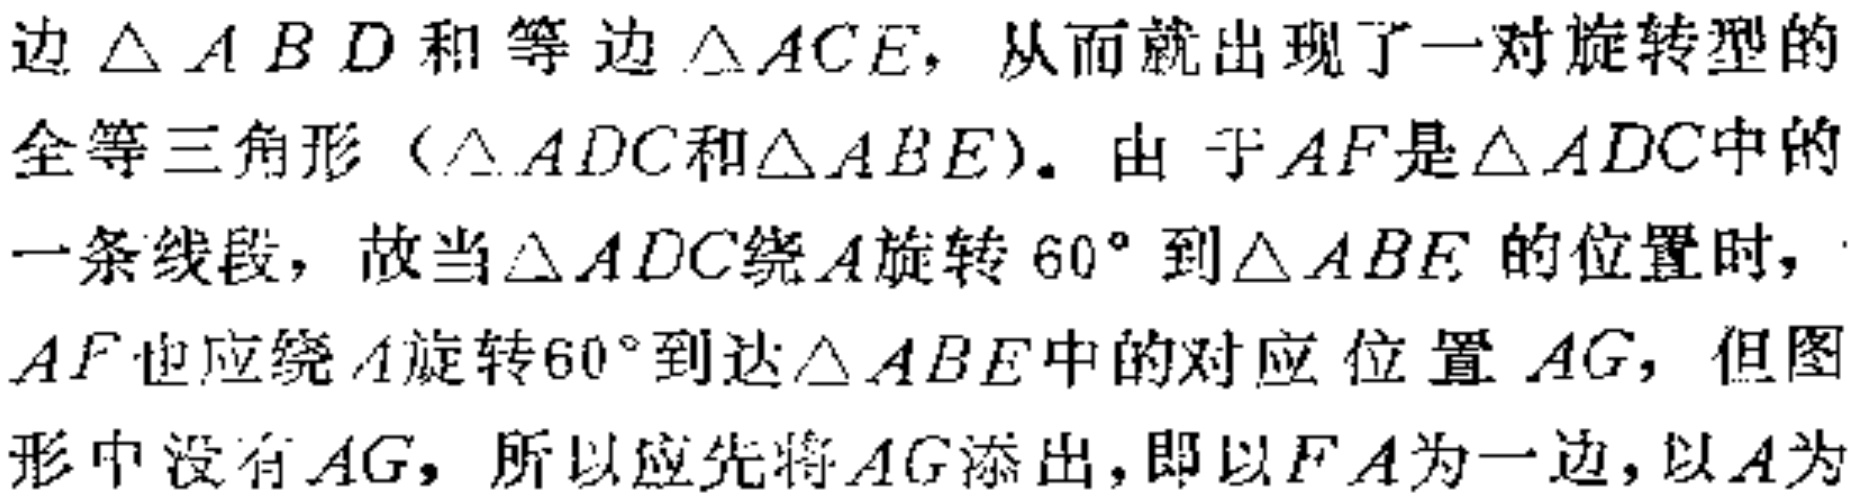
边$\triangle ABD$和等边$\triangle ACE$，从而就出现了一对旋转型的

全等三角形（$\triangle ADC$和$\triangle ABE$）。由于$AF$是$\triangle ADC$中的

一条线段，故当$\triangle ADC$绕$A$旋转$60^{\circ}$到$\triangle ABE$的位置时，

$AF$也应绕$A$旋转$60^{\circ}$到达$\triangle ABE$中的对应位置$AG$，但图

形中没有$AG$，所以应先将$AG$添出，即以$FA$为一边，以$A$为